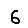
Digit: 6